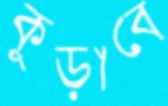
কুড়াবে